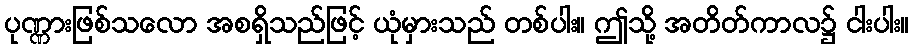
ပုဏ္ဏားဖြစ်သလော အစရှိသည်ဖြင့် ယုံမှားသည် တစ်ပါး။ ဤသို့ အတိတ်ကာလ၌ ငါးပါး။